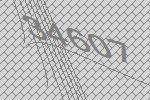
34607